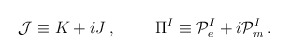
\begin{align*}{\cal J}\equiv K+iJ\, ,\hspace{1cm}\Pi^{I} \equiv {\cal P}_{e}^{I} + i{\cal P}_{m}^{I}\, .\end{align*}